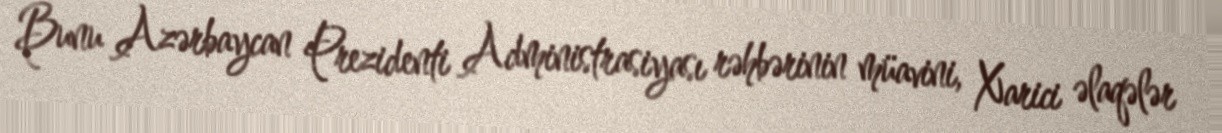
Bunu Azərbaycan Prezidenti Administrasiyası rəhbərinin müavini, Xarici əlaqələr